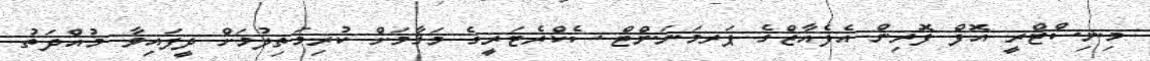
މިނިސްޓްރީ އޮފް ފޮރިން އެފެއާޒްގެ ޕަރމަނަންޓް ސެކްރެޓަރީގެ މަޤާމަށް ކުރިމަތިލުމަށް ދީފައިވާ މުއްދަތު